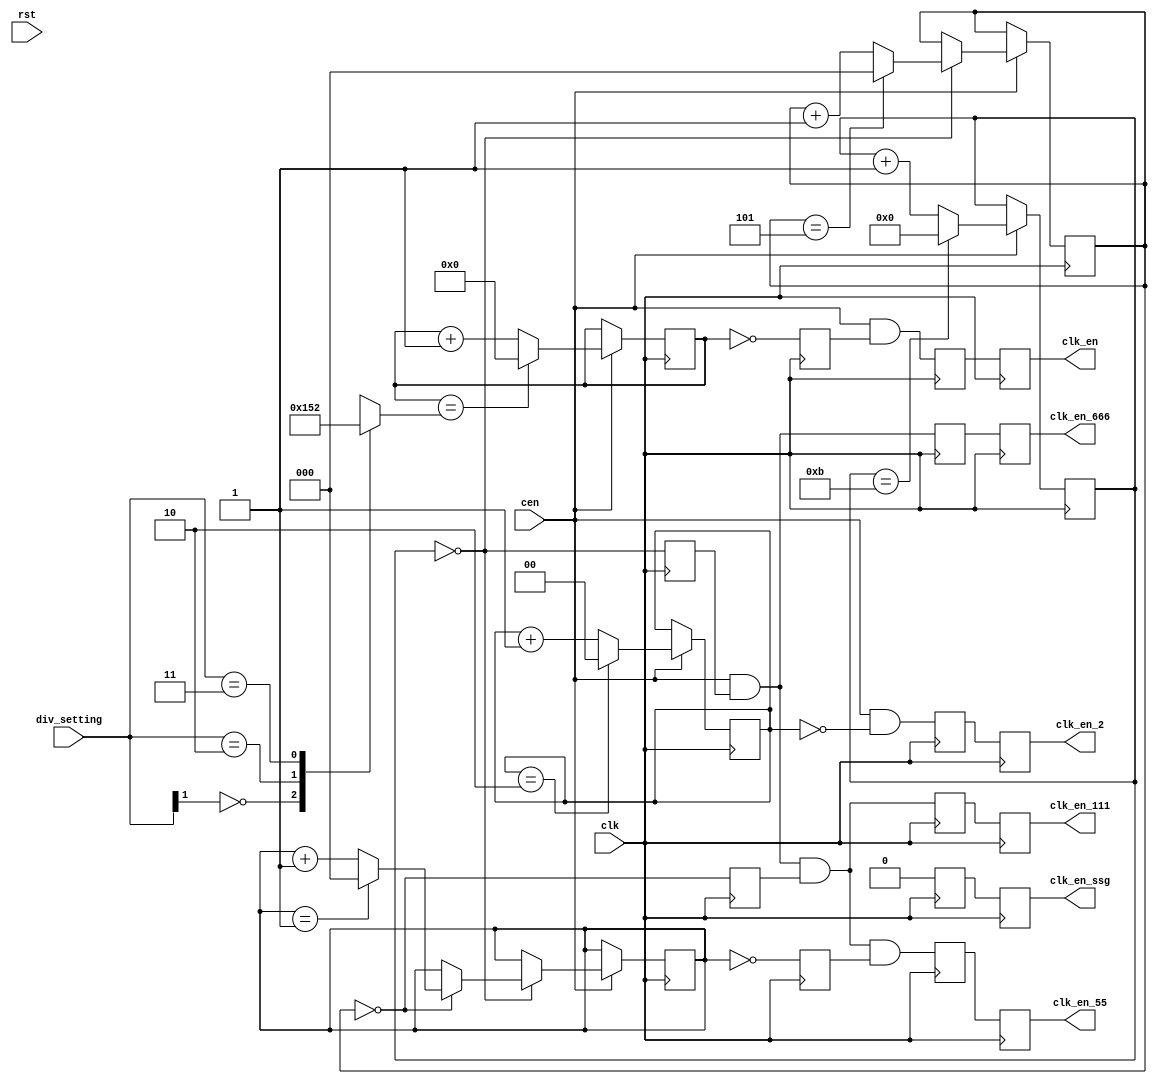
/*  This file is part of JT12.

    JT12 is free software: you can redistribute it and/or modify
    it under the terms of the GNU General Public License as published by
    the Free Software Foundation, either version 3 of the License, or
    (at your option) any later version.

    JT12 is distributed in the hope that it will be useful,
    but WITHOUT ANY WARRANTY; without even the implied warranty of
    MERCHANTABILITY or FITNESS FOR A PARTICULAR PURPOSE.  See the
    GNU General Public License for more details.

    You should have received a copy of the GNU General Public License
    along with JT12.  If not, see <http://www.gnu.org/licenses/>.

    Author: Jose Tejada Gomez. Twitter: @topapate
    Version: 1.0
    Date: 14-2-2017
    */


module jt12_div(
    input           rst,
    input           clk,
    input           cen /* synthesis direct_enable */,
    input     [1:0] div_setting,
    output reg      clk_en,      // after prescaler
    output reg      clk_en_2,    // cen divided by 2
    output reg      clk_en_ssg,
    output reg      clk_en_666,  // 666 kHz
    output reg      clk_en_111,  // 111 kHz
    output reg      clk_en_55    //  55 kHz
);

parameter use_ssg=0;

reg [3:0] opn_pres, opn_cnt=4'd0;
reg [2:0] ssg_pres, ssg_cnt=3'd0;
reg [4:0] adpcm_cnt666  = 5'd0;
reg [2:0] adpcm_cnt111 = 3'd0, adpcm_cnt55=3'd0;
reg cen_int, cen_ssg_int, cen_adpcm_int, cen_adpcm3_int;

// prescaler values for FM
// reset: 1/3
// sel1/sel2
//    0 0    1/3
//    0 1    1/2
//    1 0    1/6  
//    1 1    1/2
//
// According to YM2608 document
//                  FM      SSG   div[1:0]
// reset value     1/6      1/4    10
// 2D              1/6      1/4    10   | 10
// 2D,2E           1/3      1/2    11   | 01
// 2F              1/2      1/1    00   & 00
//  

always @(*) begin
    casez( div_setting )
        2'b0?: begin // FM 1/2 - SSG 1/1
            opn_pres = 4'd2-4'd1;
            ssg_pres = 3'd0;
        end
        2'b10: begin // FM 1/6 - SSG 1/4 (reset value. Fixed for YM2610)
            opn_pres = 4'd6-4'd1;
            ssg_pres = 3'd3;
        end
        2'b11: begin // FM 1/3 - SSG 1/2
            opn_pres = 4'd3-4'd1;
            ssg_pres = 3'd1;
        end
    endcase // div_setting
end

`ifdef SIMULATION
initial clk_en_666 = 1'b0;
`endif

reg cen_55_int;
reg [1:0] div2=2'b0;

reg pre_clk_en, pre_clk_en_2, pre_clk_en_ssg, pre_clk_en_666, pre_clk_en_111, pre_clk_en_55;

always @(negedge clk) begin     // It's important to leave the negedge to use the physical clock enable input
    clk_en     <= pre_clk_en;
    clk_en_2   <= pre_clk_en_2;
    clk_en_ssg <= pre_clk_en_ssg;
    clk_en_666 <= pre_clk_en_666;
    clk_en_111 <= pre_clk_en_111;
    clk_en_55  <= pre_clk_en_55;
end

always @(posedge clk) begin
    cen_int        <= opn_cnt      == 4'd0;
    cen_ssg_int    <= ssg_cnt      == 3'd0;
    cen_adpcm_int  <= adpcm_cnt666 == 5'd0;
    cen_adpcm3_int <= adpcm_cnt111 == 3'd0;
    cen_55_int     <= adpcm_cnt55  == 3'd0;
    `ifdef FASTDIV
    // always enabled for fast sims (use with GYM output, the timers will not work well)
    clk_en     <= 1'b1;
    clk_en_ssg <= 1'b1;
    clk_en_666 <= 1'b1;
    clk_en_55  <= 1'b1;
    `else
    pre_clk_en     <= cen & cen_int;
    pre_clk_en_2   <= cen && (div2==2'b00);
    pre_clk_en_ssg <= use_ssg ? (cen & cen_ssg_int) : 1'b0;
    pre_clk_en_666 <= cen & cen_adpcm_int;
    pre_clk_en_111 <= cen & cen_adpcm_int & cen_adpcm3_int;
    pre_clk_en_55  <= cen & cen_adpcm_int & cen_adpcm3_int & cen_55_int;
    `endif
end

// Div/2
always @(posedge clk)
    if( cen ) begin
        div2 <= div2==2'b10 ? 2'b00 : (div2+2'b01);
    end

// OPN
always @(posedge clk)
    if( cen ) begin
        if( opn_cnt == opn_pres ) begin
            opn_cnt <= 4'd0;  
        end
        else opn_cnt <= opn_cnt + 4'd1;
    end

// SSG
always @(posedge clk)
    if( cen ) begin
        if( ssg_cnt == ssg_pres ) begin
            ssg_cnt <= 3'd0;            
        end
        else ssg_cnt <= ssg_cnt + 3'd1;
    end

// ADPCM-A
always @(posedge clk)
    if( cen ) begin
        adpcm_cnt666 <= adpcm_cnt666==5'd11 ? 5'd0 : adpcm_cnt666 + 5'd1;
        if( adpcm_cnt666==5'd0 ) begin
            adpcm_cnt111 <= adpcm_cnt111==3'd5 ? 3'd0 : adpcm_cnt111+3'd1;
            if( adpcm_cnt111==3'd0)
                adpcm_cnt55 <= adpcm_cnt55==3'd1 ? 3'd0: adpcm_cnt55+3'd1;
        end
    end

endmodule // jt12_div